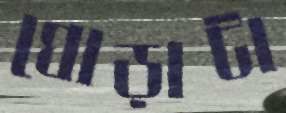
ঘোড়াটা